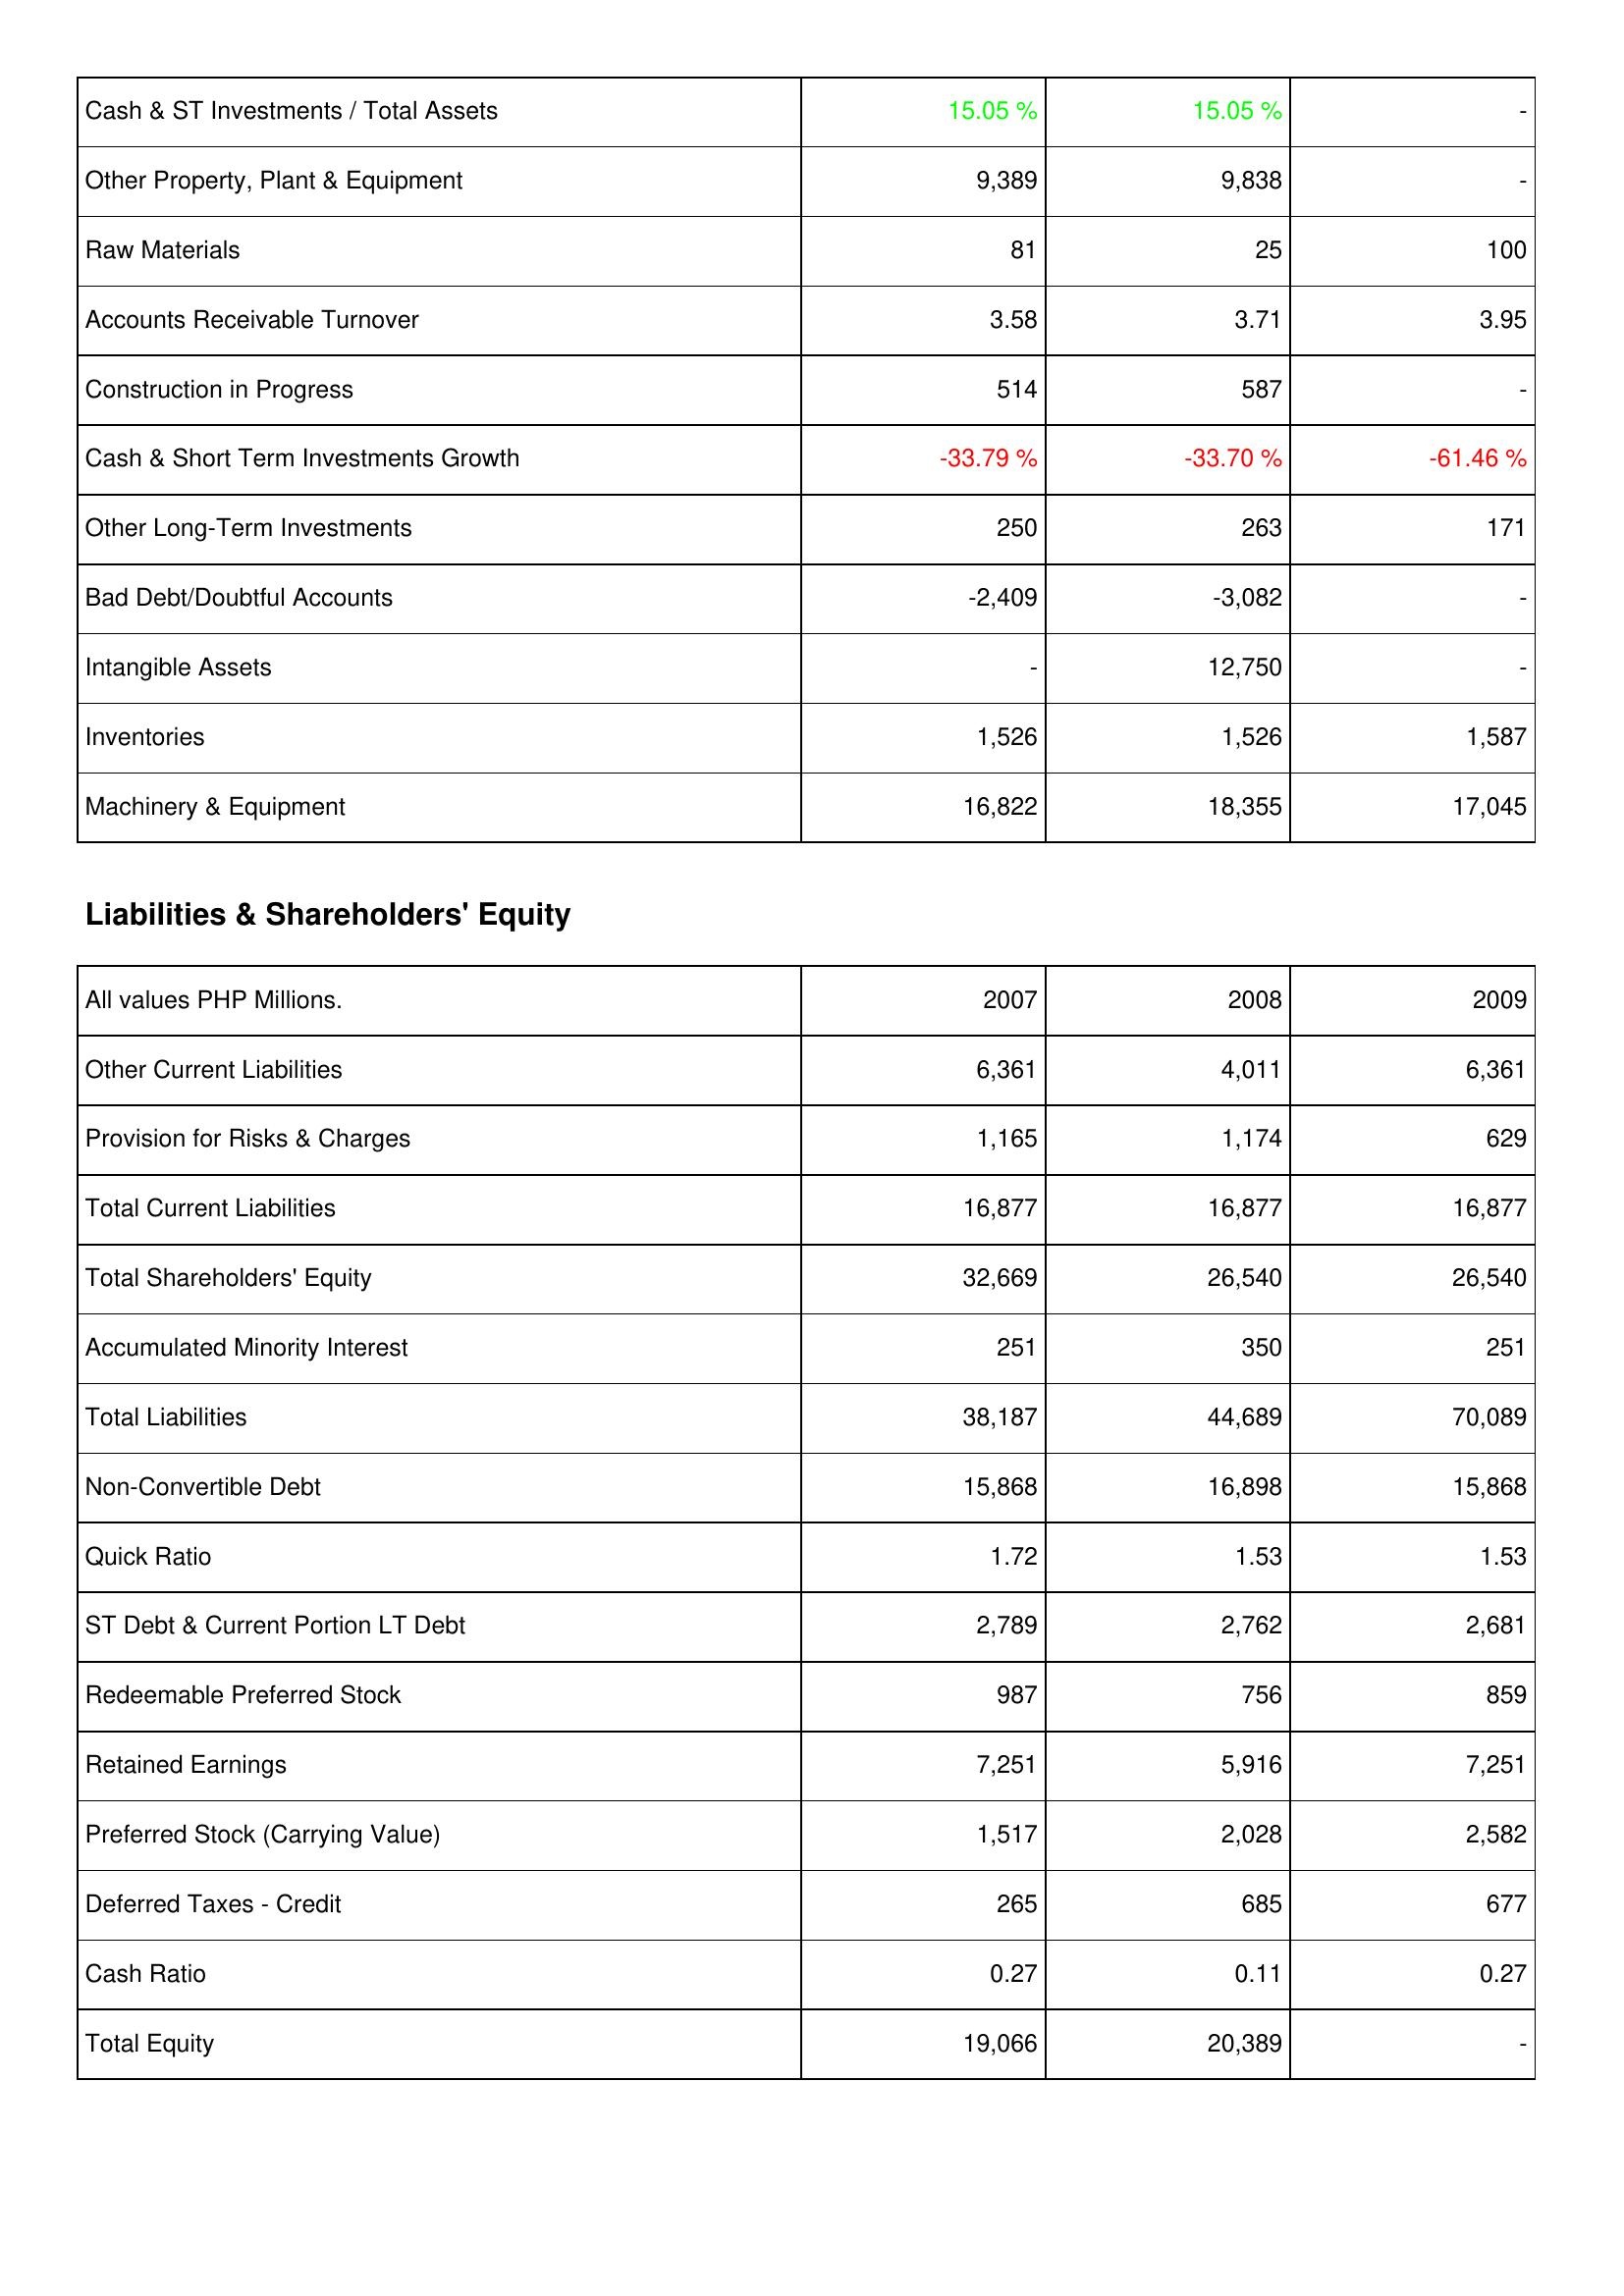
2007: Assets: Cash & ST Investments / Total Assets: 15.05 %
Other Property, Plant & Equipment: 9,389
Raw Materials: 81
Accounts Receivable Turnover: 3.58
Construction in Progress: 514
Cash & Short Term Investments Growth: -33.79 %
Other Long-Term Investments: 250
Bad Debt/Doubtful Accounts: -2,409
Intangible Assets: -
Inventories: 1,526
Machinery & Equipment: 16,822
Liabilities & Shareholders' Equity: Other Current Liabilities: 6,361
Provision for Risks & Charges: 1,165
Total Current Liabilities: 16,877
Total Shareholders' Equity: 32,669
Accumulated Minority Interest: 251
Total Liabilities: 38,187
Non-Convertible Debt: 15,868
Quick Ratio: 1.72
ST Debt & Current Portion LT Debt: 2,789
Redeemable Preferred Stock: 987
Retained Earnings: 7,251
Preferred Stock (Carrying Value): 1,517
Deferred Taxes - Credit: 265
Cash Ratio: 0.27
Total Equity: 19,066
2008: Assets: Cash & ST Investments / Total Assets: 15.05 %
Other Property, Plant & Equipment: 9,838
Raw Materials: 25
Accounts Receivable Turnover: 3.71
Construction in Progress: 587
Cash & Short Term Investments Growth: -33.70 %
Other Long-Term Investments: 263
Bad Debt/Doubtful Accounts: -3,082
Intangible Assets: 12,750
Inventories: 1,526
Machinery & Equipment: 18,355
Liabilities & Shareholders' Equity: Other Current Liabilities: 4,011
Provision for Risks & Charges: 1,174
Total Current Liabilities: 16,877
Total Shareholders' Equity: 26,540
Accumulated Minority Interest: 350
Total Liabilities: 44,689
Non-Convertible Debt: 16,898
Quick Ratio: 1.53
ST Debt & Current Portion LT Debt: 2,762
Redeemable Preferred Stock: 756
Retained Earnings: 5,916
Preferred Stock (Carrying Value): 2,028
Deferred Taxes - Credit: 685
Cash Ratio: 0.11
Total Equity: 20,389
2009: Assets: Cash & ST Investments / Total Assets: -
Other Property, Plant & Equipment: -
Raw Materials: 100
Accounts Receivable Turnover: 3.95
Construction in Progress: -
Cash & Short Term Investments Growth: -61.46 %
Other Long-Term Investments: 171
Bad Debt/Doubtful Accounts: -
Intangible Assets: -
Inventories: 1,587
Machinery & Equipment: 17,045
Liabilities & Shareholders' Equity: Other Current Liabilities: 6,361
Provision for Risks & Charges: 629
Total Current Liabilities: 16,877
Total Shareholders' Equity: 26,540
Accumulated Minority Interest: 251
Total Liabilities: 70,089
Non-Convertible Debt: 15,868
Quick Ratio: 1.53
ST Debt & Current Portion LT Debt: 2,681
Redeemable Preferred Stock: 859
Retained Earnings: 7,251
Preferred Stock (Carrying Value): 2,582
Deferred Taxes - Credit: 677
Cash Ratio: 0.27
Total Equity: -